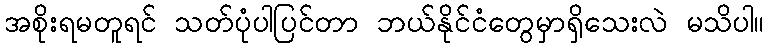
အစိုးရမတူရင် သတ်ပုံပါပြင်တာ ဘယ်နိုင်ငံတွေမှာရှိသေးလဲ မသိပါ။